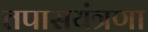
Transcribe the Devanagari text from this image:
तपासयंत्रणा